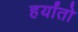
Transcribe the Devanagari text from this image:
हर्यांतो